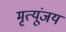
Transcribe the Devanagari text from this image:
मृत्यूंजय